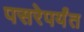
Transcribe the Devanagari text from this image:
पसरेपर्यंत